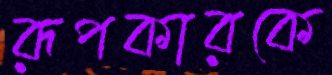
রূপকারকে